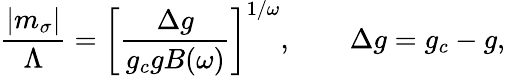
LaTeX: \frac{|m_{\sigma}|}{\Lambda}=\left[\frac{\Delta g}{g_{c}gB(\omega)}\right]^{1/\omega},\qquad\Delta g=g_{c}-g,